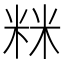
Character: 𥹫